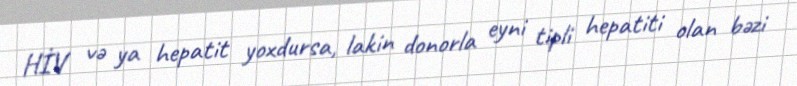
HİV və ya hepatit yoxdursa, lakin donorla eyni tipli hepatiti olan bəzi